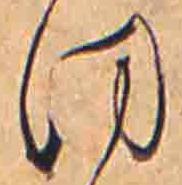
ほ